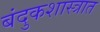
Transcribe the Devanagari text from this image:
बंदुकशास्त्रात